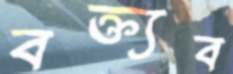
বক্ত্যব